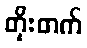
တိုးတက်